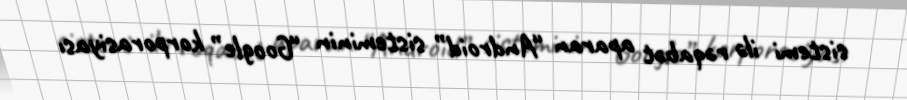
sistemi ilə rəqabət aparan “Android” sisteminin “Google” korporasiyası